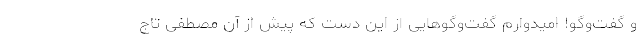
و گفت‌وگو! امیدوارم گفت‌وگوهایی از این دست که پیش از آن مصطفی تاج